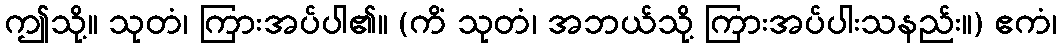
ဤသို့။ သုတံ၊ ကြားအပ်ပါ၏။ (ကိံ သုတံ၊ အဘယ်သို့ ကြားအပ်ပါးသနည်း။) ဧကံ၊